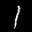
Label: 1